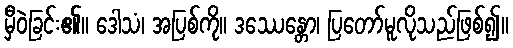
မှီဝဲခြင်း၏။ ဒေါသံ၊ အပြစ်ကို။ ဒဿေန္တော၊ ပြတော်မူလိုသည်ဖြစ်၍။